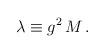
LaTeX: \begin{align*}\lambda \equiv g^2 \, M \, . \end{align*}